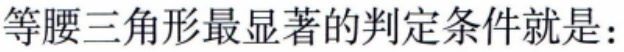
等腰三角形最显著的判定条件就是：